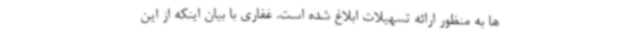
ها به منظور ارائه تسهیلات ابلاغ شده است. غفاری با بیان اینکه از این